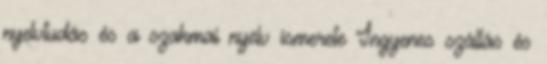
nyelvtudás és a szakmai nyelv ismerete Ingyenes szállás és